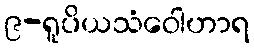
၉-ရူပိယသံဝေါဟာရ